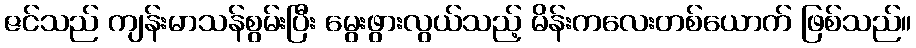
ဇင်သည် ကျန်းမာသန်စွမ်းပြီး မွေးဖွားလွယ်သည့် မိန်းကလေးတစ်ယောက် ဖြစ်သည်။